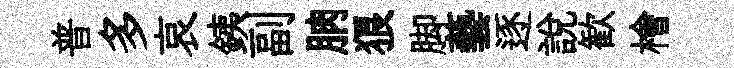
普多哀銕副朒狼脚藝逐説歓檜